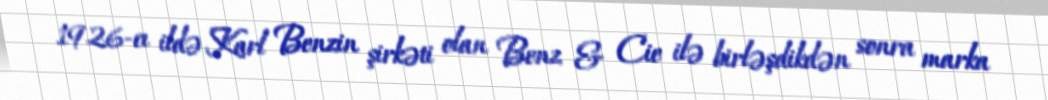
1926-cı ildə Karl Benzin şirkəti olan Benz & Cie ilə birləşdikdən sonra marka